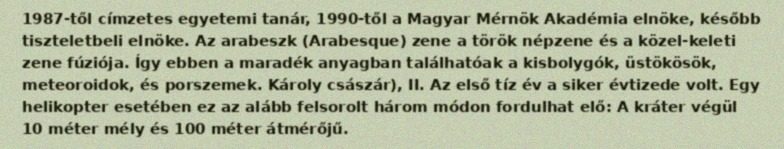
1987-től címzetes egyetemi tanár, 1990-től a Magyar Mérnök Akadémia elnöke, később tiszteletbeli elnöke. Az arabeszk (Arabesque) zene a török népzene és a közel-keleti zene fúziója. Így ebben a maradék anyagban találhatóak a kisbolygók, üstökösök, meteoroidok, és porszemek. Károly császár), II. Az első tíz év a siker évtizede volt. Egy helikopter esetében ez az alább felsorolt három módon fordulhat elő: A kráter végül 10 méter mély és 100 méter átmérőjű.